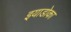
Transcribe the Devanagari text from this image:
इयाडोका